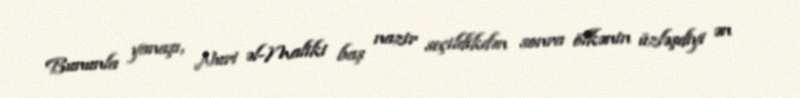
Bununla yanaşı, Nuri əl-Maliki baş nazir seçildikdən sonra ölkənin üzləşdiyi ən